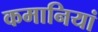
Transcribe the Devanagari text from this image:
कमानियां